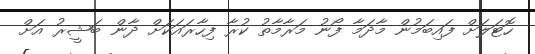
ހޮޓަލަށް ފައިބަމުން މާދަމާ ފޯނު މަރާމާތު ކުރާ ފިހާރައަކަށް ދާން ބަޝީރު އަށް